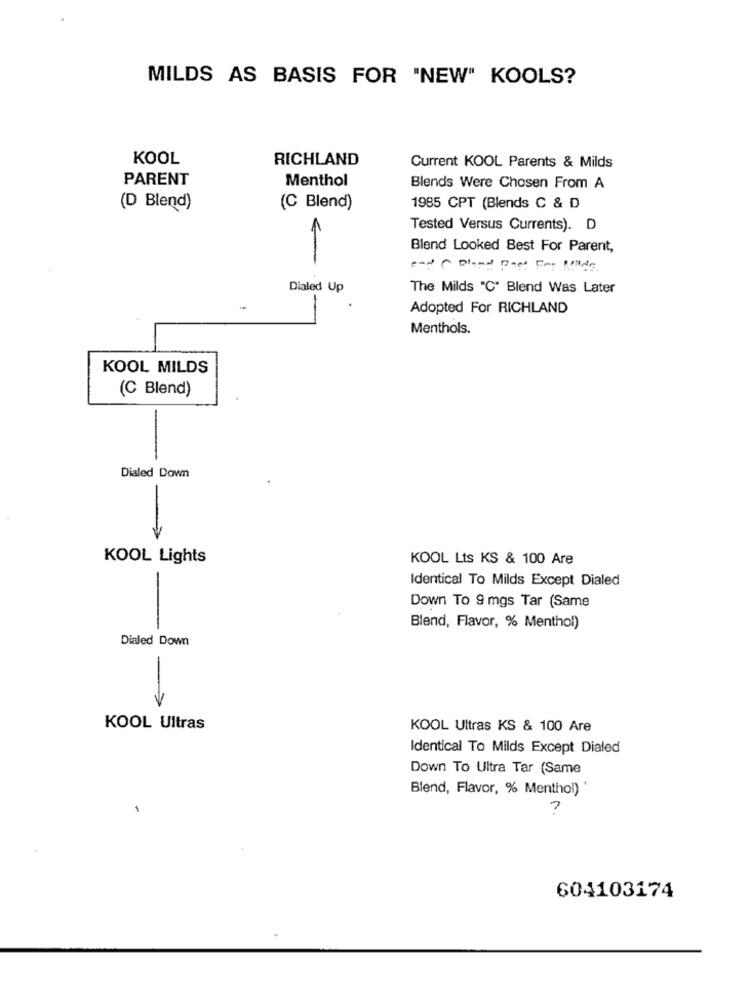
MILDS AS BASIS FOR "NEW" KOOLS?
KOOL
RICHLAND
Current KOOL Parents & Milds
PARENT
Menthol
Blends Were Chosen From A
(D Blend)
(C Blend)
1985 CPT (Blends C & D
Tested Versus Currents). D
Blend Looked Best For Parent,
and Bland Best For Mida
Dialed Up
The Milds "C" Blend Was Later
Adopted For RICHLAND
Menthols.
KOOL MILDS
(C Blend)
Dialed Down
-
KOOL Lights
KOOL Lts KS & 100 Are
Identical To Milds Except Dialed
-
Down To 9 mgs Tar (Same
Blend, Flavor, % Menthol)
Dialed Down
KOOL Ultras
KOOL Ultras KS & 100 Are
Identical To Milds Except Dialed
Down To Ultra Tar (Same
Blend, Flavor, % Menthol)
604103174